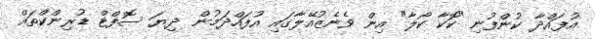
އުފައްދާ ކުންފުނި "ކޮކާ ކޯލާ" އިން ވެނެޒުއޭލާގައި އުފައްދަމުން ދިޔަ ސޮފްޓް ޑުރިންކްތައް